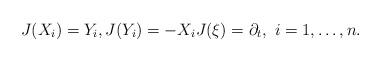
LaTeX: \begin{align*} J(X_i)=Y_i, J(Y_i)=-X_i J(\xi)=\partial_t, \ i=1,\ldots,n.\end{align*}